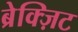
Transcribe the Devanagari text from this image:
ब्रेक्ज़िट